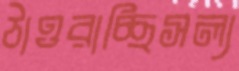
ঠাওরাচ্ছিসল্য